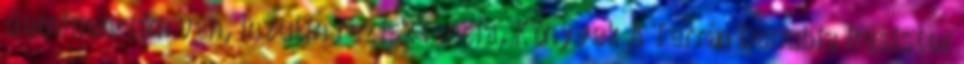
dominanciám van, Inzulin rezisztencia, Könyvek A Terrán Danubia Resistor